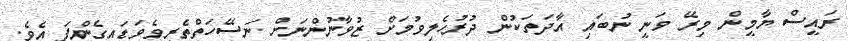
ރައީސް ޔާމީން މިރޭ ވަނީ ނުބައި އާދަތަކުން ދުރުހެލިވުމަށް ޒުވާނުންނަށް ނަސޭހަތްތެރިވެވަޑައިގެންފަ އެވެ.